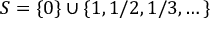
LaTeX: S = \{ 0 \} \cup \{ 1 , 1 / 2 , 1 / 3 , \dots \}